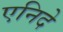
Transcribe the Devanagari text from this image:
एनिदे